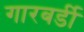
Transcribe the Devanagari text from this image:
गारबर्डी